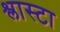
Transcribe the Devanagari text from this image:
श्लास्टा